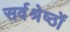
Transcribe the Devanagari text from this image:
सर्वश्रेष्ठों